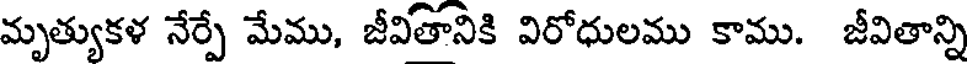
మృత్యుకళ నేర్పే మేము, జీవితానికి విరోధులము కాము. జీవితాన్ని